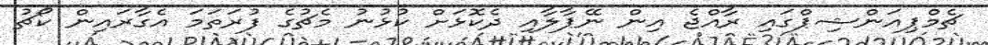
ޗެމްޕިއަންޝިޕްގައި ރާއްޖެ އިން ނޭޕާލާއި ދެކޮޅަށް ކުޅުނު މެޗުގެ ފުރަތަމަ އެގާރައިން ކޯޗު